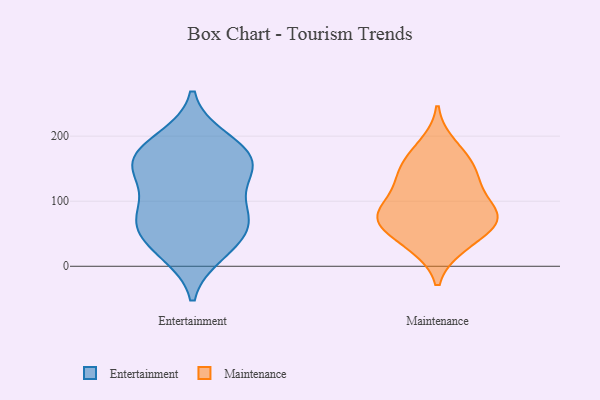
{"axis": {"x": "Headcount", "y": "Value"}, "legend": ["Entertainment", "Maintenance"], "data": [{"x": "", "y": 85, "type": "Entertainment"}, {"x": "", "y": 197, "type": "Entertainment"}, {"x": "", "y": 73, "type": "Entertainment"}, {"x": "", "y": 71, "type": "Entertainment"}, {"x": "", "y": 147, "type": "Entertainment"}, {"x": "", "y": 63, "type": "Entertainment"}, {"x": "", "y": 140, "type": "Entertainment"}, {"x": "", "y": 19, "type": "Entertainment"}, {"x": "", "y": 161, "type": "Entertainment"}, {"x": "", "y": 36, "type": "Entertainment"}, {"x": "", "y": 113, "type": "Entertainment"}, {"x": "", "y": 156, "type": "Entertainment"}, {"x": "", "y": 69, "type": "Entertainment"}, {"x": "", "y": 193, "type": "Entertainment"}, {"x": "", "y": 169, "type": "Entertainment"}, {"x": "", "y": 24, "type": "Entertainment"}, {"x": "", "y": 165, "type": "Entertainment"}, {"x": "", "y": 78, "type": "Maintenance"}, {"x": "", "y": 186, "type": "Maintenance"}, {"x": "", "y": 71, "type": "Maintenance"}, {"x": "", "y": 32, "type": "Maintenance"}, {"x": "", "y": 72, "type": "Maintenance"}, {"x": "", "y": 31, "type": "Maintenance"}, {"x": "", "y": 70, "type": "Maintenance"}, {"x": "", "y": 123, "type": "Maintenance"}, {"x": "", "y": 139, "type": "Maintenance"}, {"x": "", "y": 154, "type": "Maintenance"}, {"x": "", "y": 113, "type": "Maintenance"}, {"x": "", "y": 70, "type": "Maintenance"}, {"x": "", "y": 81, "type": "Maintenance"}, {"x": "", "y": 161, "type": "Maintenance"}]}